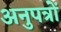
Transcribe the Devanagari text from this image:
अनुपत्रों